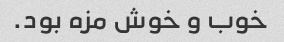
خوب و خوش مزه بود.